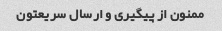
ممنون از پیگیری و ارسال سریعتون